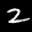
Digit: 2